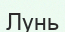
Лунь